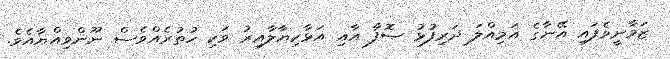
ޒަމާނީވެފައި އޭނާގެ އަމިއްލަ ދަރިފުޅު ޞޮފާ އާއި އަޅާކިޔާލާއިރު ވަކި ހުތުރެއްވެސް ނޫންވިއްޔާއެވެ.